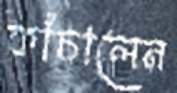
কাঁচালেন